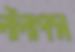
লীলাপদ্ম